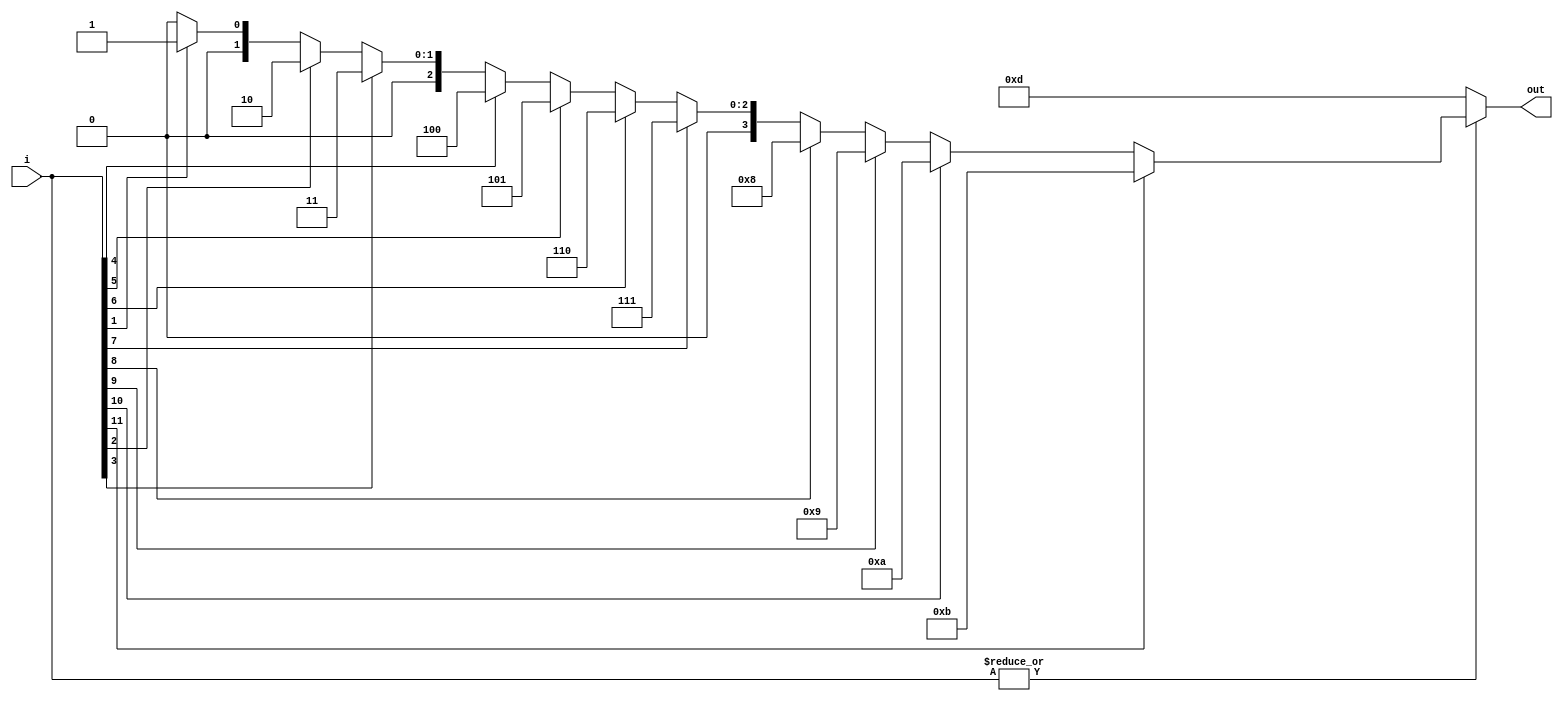
module priorityEncoder164(i,out);
  input [11:0] i;
  output reg [3:0] out;

  initial begin 
    out = 4'b1101;  //13 is output when nothing pressed
  end

  always @(i) begin
        if(|i[11:0]) begin
            // priority encoder
            // if condition to choose 
            // output based on priority. 
            if(i[11]==1) out = 4'b1011;
            else if(i[10]==1) out = 4'b1010;
            else if(i[9]==1) out = 4'b1001;
            else if(i[8]==1) out = 4'b1000;
            else if(i[7]==1) out = 4'b0111;
            else if(i[6]==1) out = 4'b0110;
            else if(i[5]==1) out = 4'b0101;
            else if(i[4]==1) out = 4'b0100;
            else if(i[3]==1) out = 4'b0011;
            else if(i[2]==1) out = 4'b0010;
            else if(i[1]==1) out = 4'b0001;
            else
            out = 4'b0000;
        end else begin
            out = 4'b1101; //13 is output when nothing pressed
        end
  end
endmodule